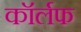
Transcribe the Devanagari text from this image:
कॉर्लफ